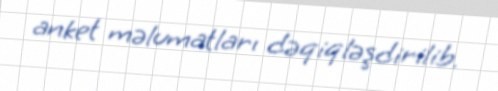
anket məlumatları dəqiqləşdirilib.